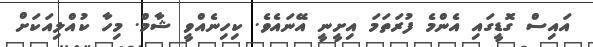
އައިސް ގޮޑީގައި އެންމެ ފުރަތަމަ އިށީނީ އޭނައެވެ. ކިހިނެއްވީ ޝާމް. މިހާ ކުއްލިއަކަށް